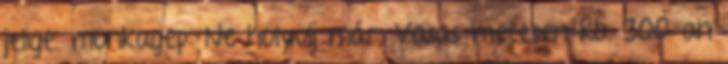
jelige. munkagep: Ne hülyülj már, Vasas meccsen kb. 300-an